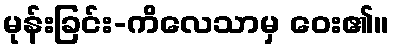
မုန်းခြင်း-ကိလေသာမှ ဝေး၏။